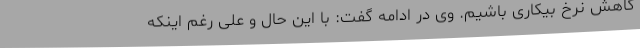
کاهش نرخ بیکاری باشیم. وی در ادامه گفت: با این حال و علی رغم اینکه